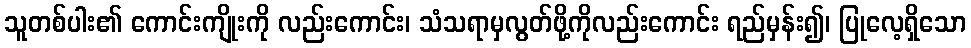
သူတစ်ပါး၏ ကောင်းကျိုးကို လည်းကောင်း၊ သံသရာမှလွတ်ဖို့ကိုလည်းကောင်း ရည်မှန်း၍၊ ပြုလေ့ရှိသော